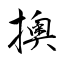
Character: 擙